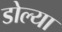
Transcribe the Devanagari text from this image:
डोल्या